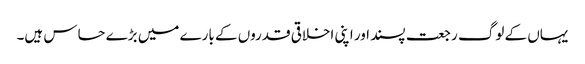
یہاں کے لوگ رجعت پسند اور اپنی اخلاقی قدروں کے بارے میں بڑے حساس ہیں۔